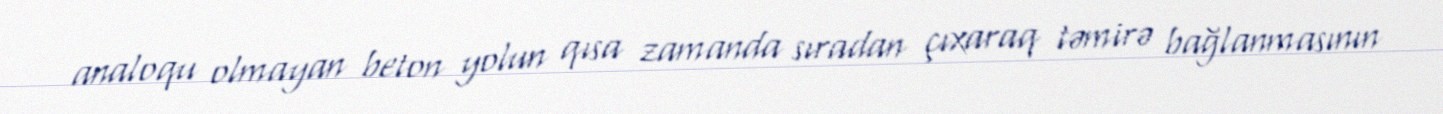
analoqu olmayan beton yolun qısa zamanda sıradan çıxaraq təmirə bağlanmasının